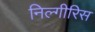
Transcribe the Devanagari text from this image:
निल्गीरिस